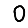
Digit: 0